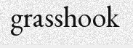
grasshook